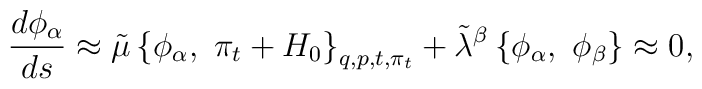
{d{\phi_\alpha} \over ds}\approx\tilde\mu\left\{ \phi_\alpha, \ \pi_t+H_0 \right\}_{q,p,t,\pi_t} +{\tilde\lambda}^\beta\left\{\phi_\alpha, \ \phi_\beta  \right\}\approx0,